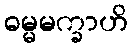
ဓမ္မမက္ခာဟိ